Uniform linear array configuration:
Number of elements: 48
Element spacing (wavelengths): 1
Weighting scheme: kaiser
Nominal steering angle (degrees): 30
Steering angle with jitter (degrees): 30.2
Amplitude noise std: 0.05
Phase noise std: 0.05

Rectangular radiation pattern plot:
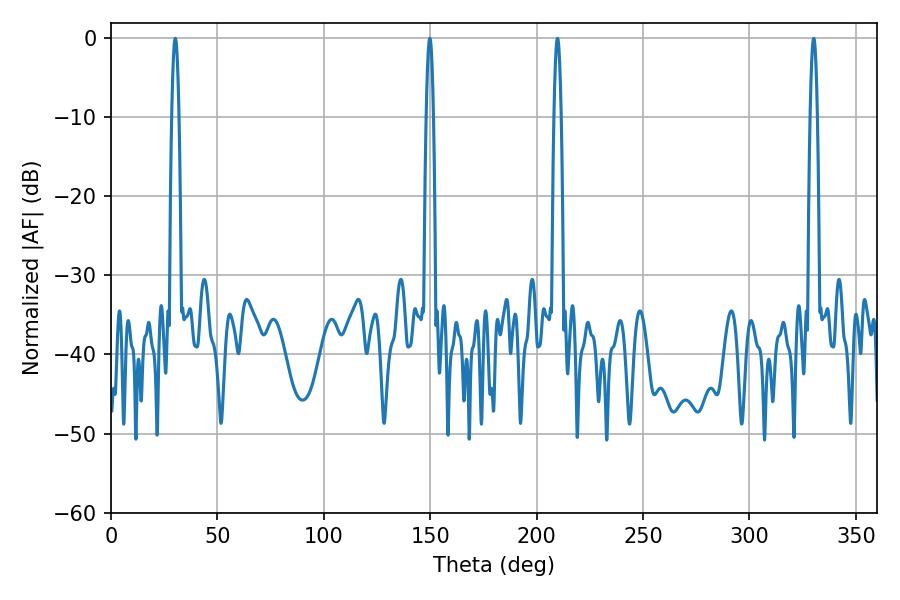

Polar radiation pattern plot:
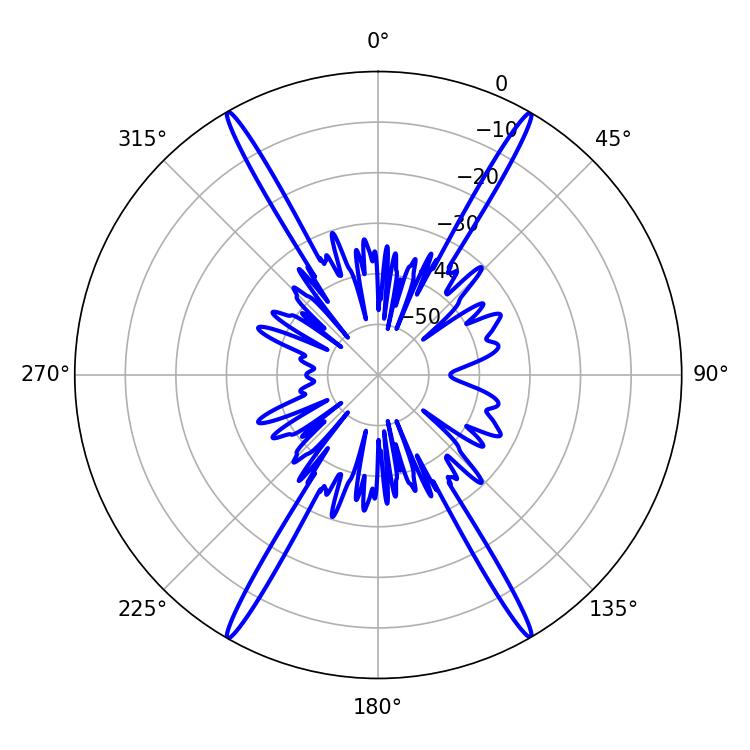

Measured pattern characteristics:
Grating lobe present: TRUE
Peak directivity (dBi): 34.283
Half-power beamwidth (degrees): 1.8
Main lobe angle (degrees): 30.24